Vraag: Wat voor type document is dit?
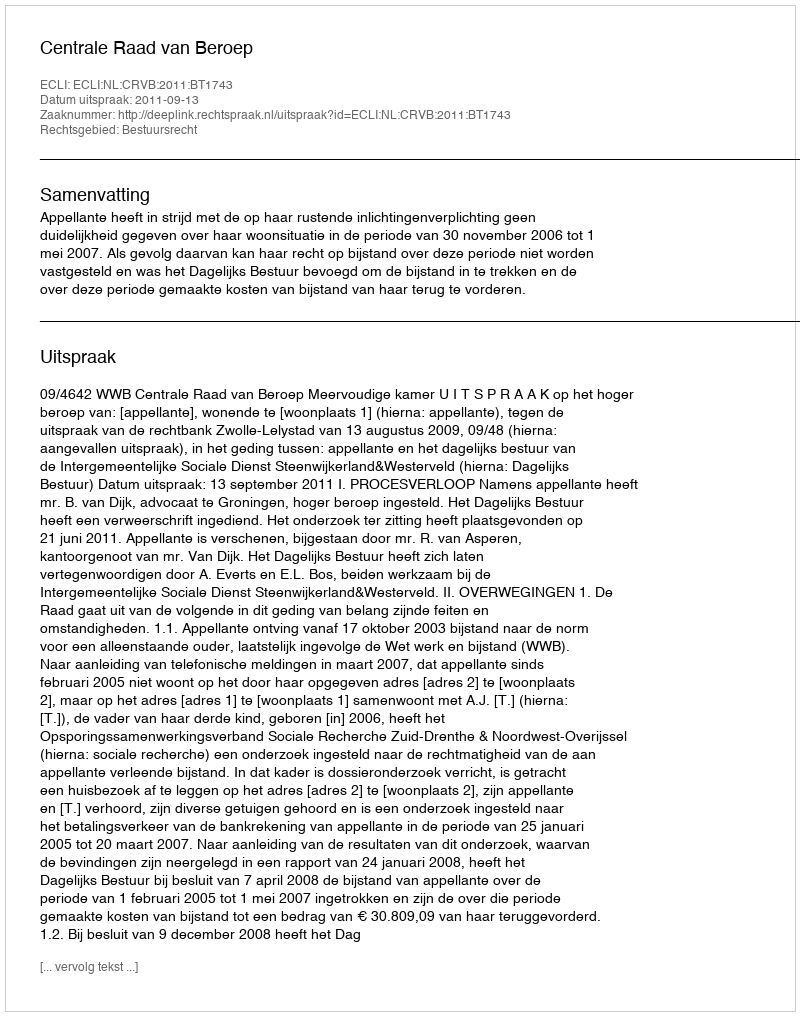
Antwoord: Uitspraak